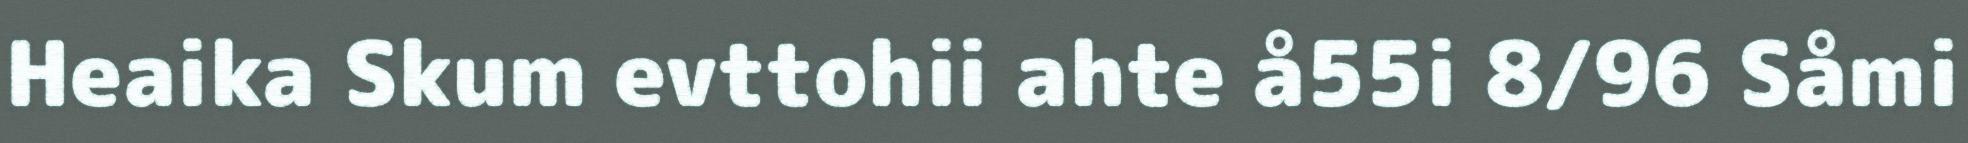
Heaika Skum evttohii ahte å55i 8/96 Såmi